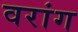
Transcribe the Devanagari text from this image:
वरांग